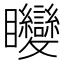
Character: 𥍚